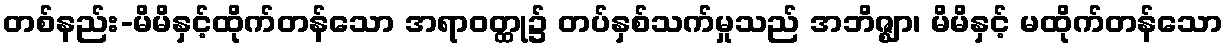
တစ်နည်း-မိမိနှင့်ထိုက်တန်သော အရာဝတ္ထု၌ တပ်နှစ်သက်မှုသည် အဘိဇ္ဈာ၊ မိမိနှင့် မထိုက်တန်သော